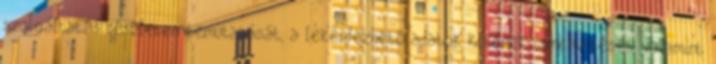
szolgáltatás részletes bemutatását, a lekérdezhető adatok körének ismertetését, valamint